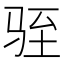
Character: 𫘠